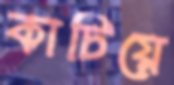
কাচিয়ে